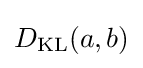
D_{\text{KL}}(a,b)